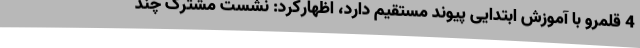
4 قلمرو با آموزش ابتدایی پیوند مستقیم دارد، اظهارکرد: نشست مشترک چند